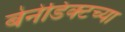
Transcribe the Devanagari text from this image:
बेनेडिक्टच्या